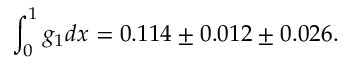
\int _ { 0 } ^ { 1 } g _ { 1 } d x = 0 . 1 1 4 \pm 0 . 0 1 2 \pm 0 . 0 2 6 .